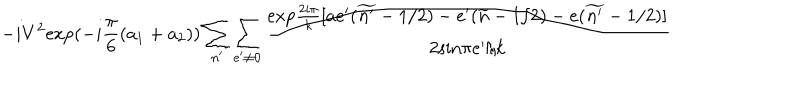
- i V ^ { 2 } \mathrm { e x p } ( - i \frac { \pi } { 6 } ( a _ { 1 } + a _ { 2 } ) ) \sum _ { n ^ { \prime } } \sum _ { e ^ { \prime } \neq 0 } \frac { \mathrm { e x p } \frac { 2 i \pi } { k } [ a e ^ { \prime } ( \widetilde { n ^ { \prime } } - 1 / 2 ) - e ^ { \prime } ( \widetilde { n } - 1 / 2 ) - e ( \widetilde { n ^ { \prime } } - 1 / 2 ) ] } { 2 \mathrm { s i n } \pi e ^ { \prime } / k }